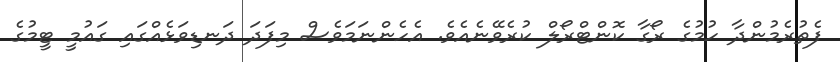
ފެތުރެމުންދާ ހުމުގެ ރޯގާ ކޮންޓްރޯލް ކުރެވޭނެއެވެ. އެހެންނަމަވެސް މިފަދަ ދަނޑިވަޅެއްގައި ގައުމީ ޓީމުގެ